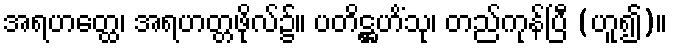
အရဟတ္ထေ၊ အရဟတ္တဖိုလ်၌။ ပတိဋ္ဌဟိံသု၊ တည်ကုန်ပြီ (ဟူ၍)။